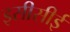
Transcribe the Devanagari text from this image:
इसीसीई